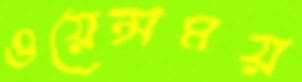
ওয়েন্সময়